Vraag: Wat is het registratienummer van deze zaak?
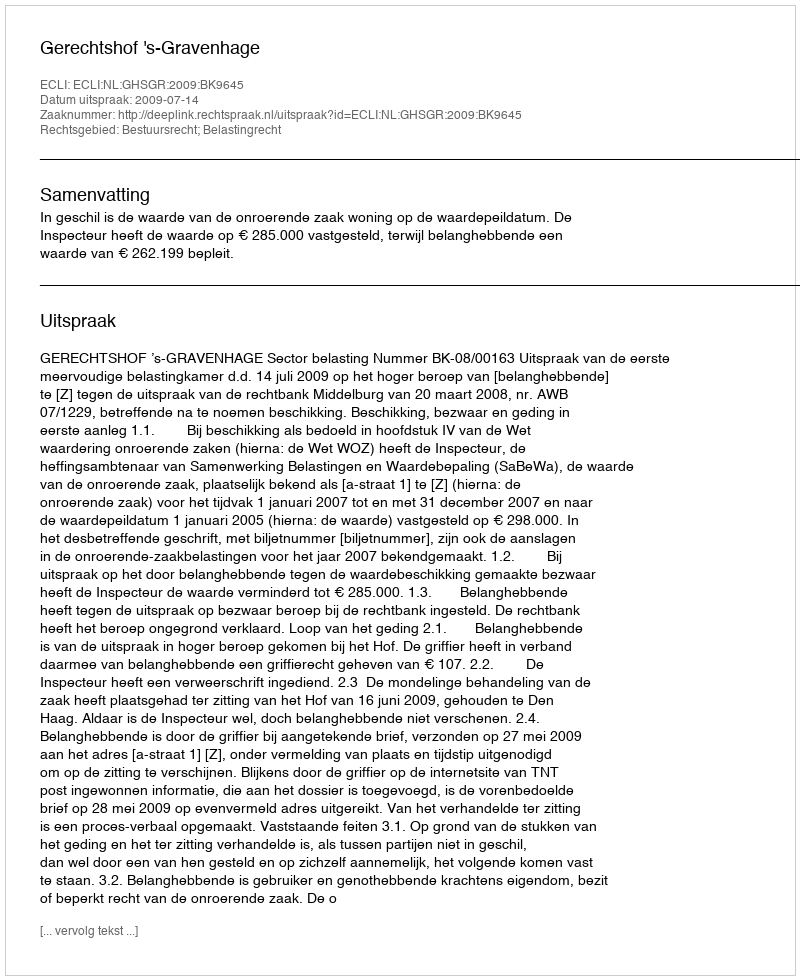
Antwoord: http://deeplink.rechtspraak.nl/uitspraak?id=ECLI:NL:GHSGR:2009:BK9645